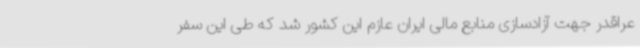
عراقدر جهت آزادسازی منابع مالی ایران عازم این کشور شد که طی این سفر